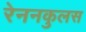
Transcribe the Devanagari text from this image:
रेननकुलस